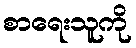
စာရေးသူကို